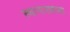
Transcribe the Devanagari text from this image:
स्थानापन्नच्या